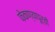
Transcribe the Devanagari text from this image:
फेकण्यापूर्वी